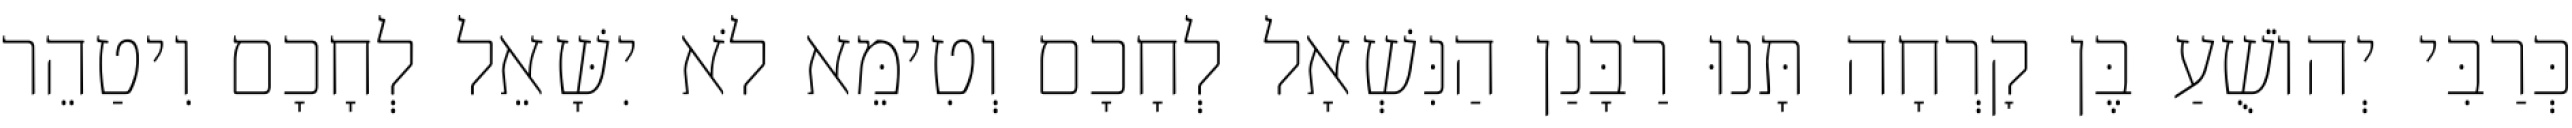
כְּרַבִּי יְהוֹשֻׁעַ בֶּן קׇרְחָה תָּנוּ רַבָּנַן הַנִּשְׁאָל לְחָכָם וְטִימֵּא לֹא יִשָּׁאֵל לְחָכָם וִיטַהֵר